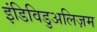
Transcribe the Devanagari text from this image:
इंडिविडुअलिज़म